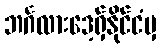
ဘင်္ဂလားဒေ့ရှ်နိုင်ငံမှ